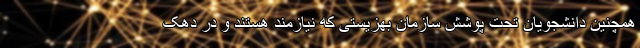
همچنین دانشجویان تحت پوشش سازمان بهزیستی که نیازمند هستند و در دهک